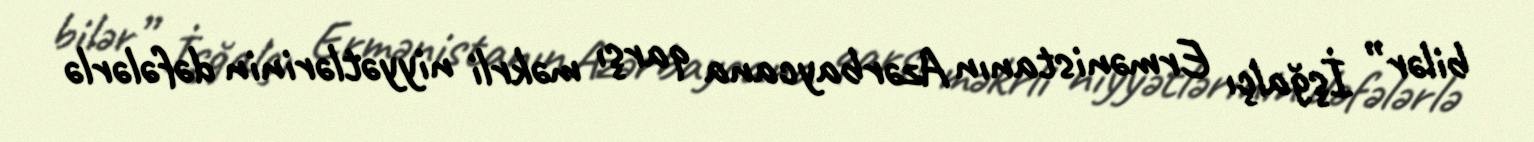
bilər” İşğalçı Ermənistanın Azərbaycana qarşı məkrli niyyətlərinin dəfələrlə